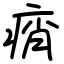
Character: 痟